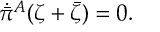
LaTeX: \dot { \bar { \pi } } { } ^ { A } ( \zeta + \bar { \zeta } ) = 0 .